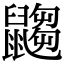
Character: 𪕾